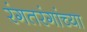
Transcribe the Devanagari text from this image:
रंगतरंगांच्या